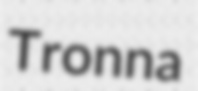
Tronna